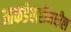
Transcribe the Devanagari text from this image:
आकडेवारीमधील